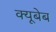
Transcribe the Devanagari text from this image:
क्यूबेब